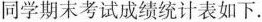
同学期末考试成绩统计表如下.